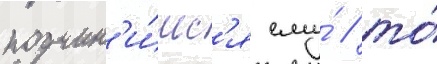
подчин'и́мс'я ему́ / то́